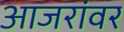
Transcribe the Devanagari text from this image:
आजरांवर